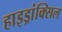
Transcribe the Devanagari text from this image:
हाइड्रांक्सिल